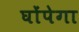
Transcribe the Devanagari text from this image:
घोंपेगा